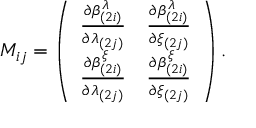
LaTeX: M _ { i j } = \left( \begin{array} { c c } { { { \frac { \partial \beta _ { ( 2 i ) } ^ { \lambda } } { \partial \lambda _ { ( 2 j ) } } } } } & { { { \frac { \partial \beta _ { ( 2 i ) } ^ { \lambda } } { \partial \xi _ { ( 2 j ) } } } } } \\ { { { \frac { \partial \beta _ { ( 2 i ) } ^ { \xi } } { \partial \lambda _ { ( 2 j ) } } } } } & { { { \frac { \partial \beta _ { ( 2 i ) } ^ { \xi } } { \partial \xi _ { ( 2 j ) } } } } } \end{array} \right) .